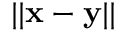
| | \mathbf x - \mathbf y | |